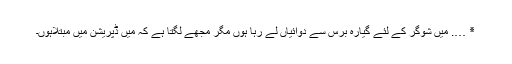
٭ …. میں شوگر کے لئے گیارہ برس سے دوائیاں لے رہا ہوں مگر مجھے لگتا ہے کہ میں ڈپریشن میں مبتلاہوں۔